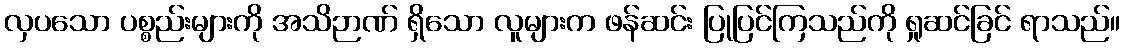
လှပသော ပစ္စည်းများကို အသိဉာဏ် ရှိသော လူများက ဖန်ဆင်း ပြုပြင်ကြသည်ကို ရှုဆင်ခြင် ရာသည်။